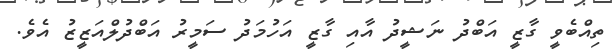
ތިއްބެވީ ގާޒީ އަބްދު ނަޝީދު އާއި ގާޒީ އަހުމަދު ސަމީރު އަބްދުލްއަޒީޒު އެވެ.